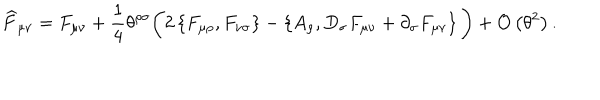
\widehat { F } _ { \mu \nu } = F _ { \mu \nu } + \frac { 1 } { 4 } \theta ^ { \rho \sigma } \bigg ( 2 \left\{ F _ { \mu \rho } , F _ { \nu \sigma } \right\} - \left\{ A _ { \rho } , D _ { \sigma } F _ { \mu \nu } + \partial _ { \sigma } F _ { \mu \nu } \right\} \bigg ) + { \cal O } \left( \theta ^ { 2 } \right) .